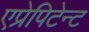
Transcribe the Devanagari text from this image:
एप्रेपिटेन्ट